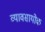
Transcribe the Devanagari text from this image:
व्यावसायोक